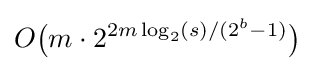
O{\big (}m\cdot 2^{2m\log _{2}(s)/(2^{b}-1)}{\big )}